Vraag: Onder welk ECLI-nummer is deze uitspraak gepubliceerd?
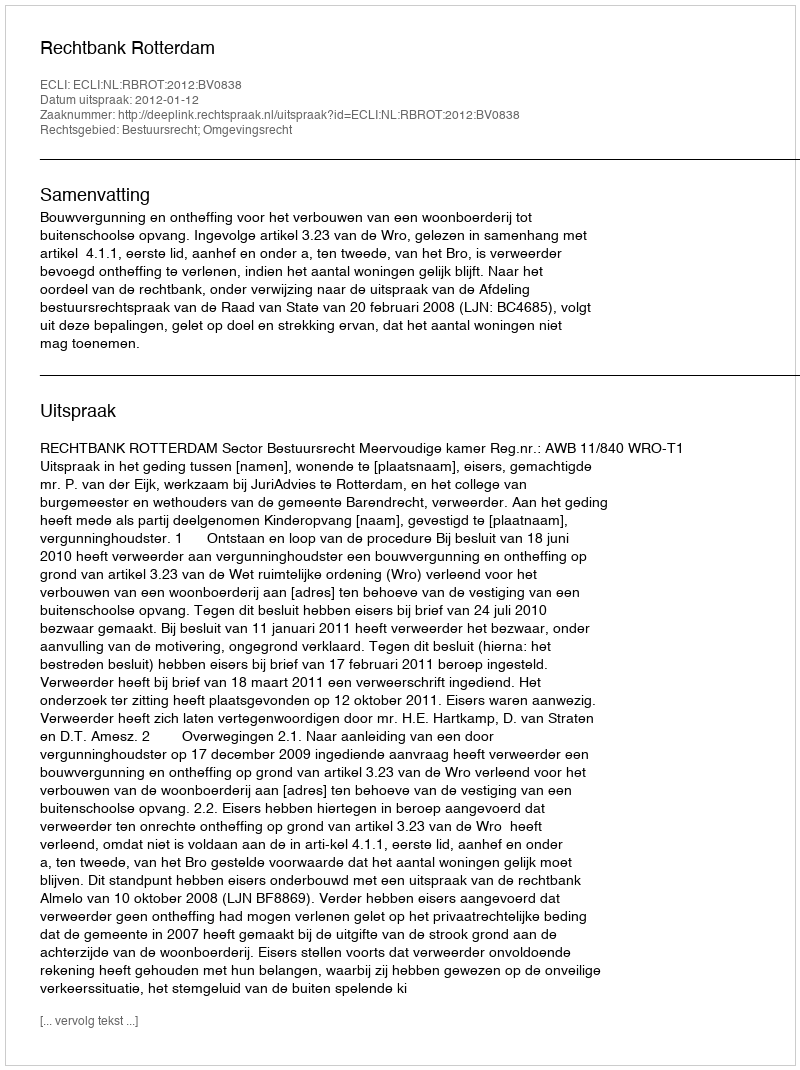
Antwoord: ECLI:NL:RBROT:2012:BV0838